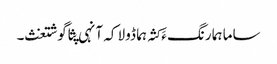
ساما ہما رنگ ءَ کثہ ہما ڈولا کہ آنہی پثا گوشتغث۔